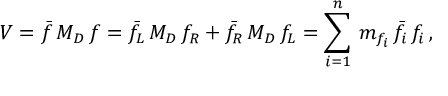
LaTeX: V = \bar { f } \, M _ { D } \, f = \bar { f } _ { L } \, M _ { D } \, f _ { R } + \bar { f } _ { R } \, M _ { D } \, f _ { L } = \sum _ { i = 1 } ^ { n } \, m _ { f _ { i } } \, \bar { f } _ { i } \, f _ { i } \, ,